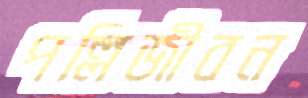
পল্লিজীবন